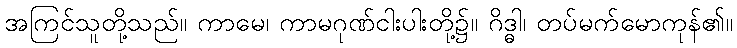
အကြင်သူတို့သည်။ ကာမေ၊ ကာမဂုဏ်ငါးပါးတို့၌။ ဂိဒ္ဓါ၊ တပ်မက်မောကုန်၏။